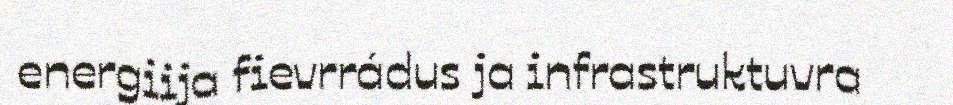
energiija fievrrádus ja infrastruktuvra